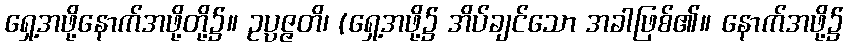
ရှေ့အဖို့နောက်အဖို့တို့၌။ ဥပ္ပဇ္ဇတိ၊ (ရှေ့အဖို့၌ အိပ်ချင်သော အခါဖြစ်၏။ နောက်အဖို့၌